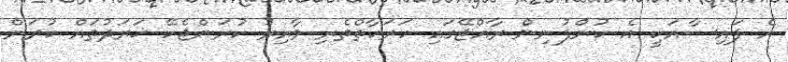
އެ ފައިސާއަކީ އެ ކުންފުނިން ރާއްޖޭގައި ހަރަކާތްތެރި ވާއިރު ކުރަންޖެހޭ ޚަރަދުތައް ކުރަން